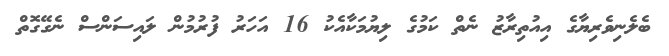
ބެލެނިވެރިޔާގެ އިއުތިރާޒު ނެތް ކަމުގެ ލިޔުމަކާއެކު 16 އަހަރު ފުރުމުން ލައިސަންސް ނެގޭގޮތް